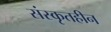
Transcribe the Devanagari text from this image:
संस्कृतहीन